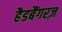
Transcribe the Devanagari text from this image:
हैडबैंगरज़